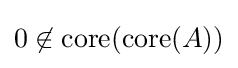
0\not \in \operatorname {core} (\operatorname {core} (A))